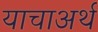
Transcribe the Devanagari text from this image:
याचाअर्थ